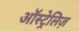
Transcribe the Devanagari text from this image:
ऑस्ट्रेलिज़